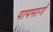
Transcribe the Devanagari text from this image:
पापमार्ग